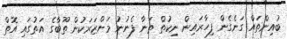
ބުއިންތައް ގަނެގެން ފިހާރައިން ނިކުތް ތަނާ ފެނުނު މަންޒަރަކުން ތޫބާގެ އަތުގައި އޮތް